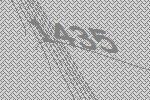
1435